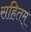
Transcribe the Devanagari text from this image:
सहितम्